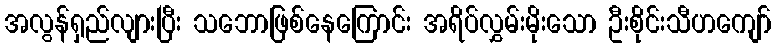
အလွန်ရှည်လျားပြီး သဘောဖြစ်နေကြောင်း အရိပ်လွှမ်းမိုးသော ဦးစိုင်းသီဟကျော်